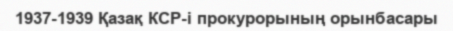
1937-1939 Қазақ КСР-і прокурорының орынбасары